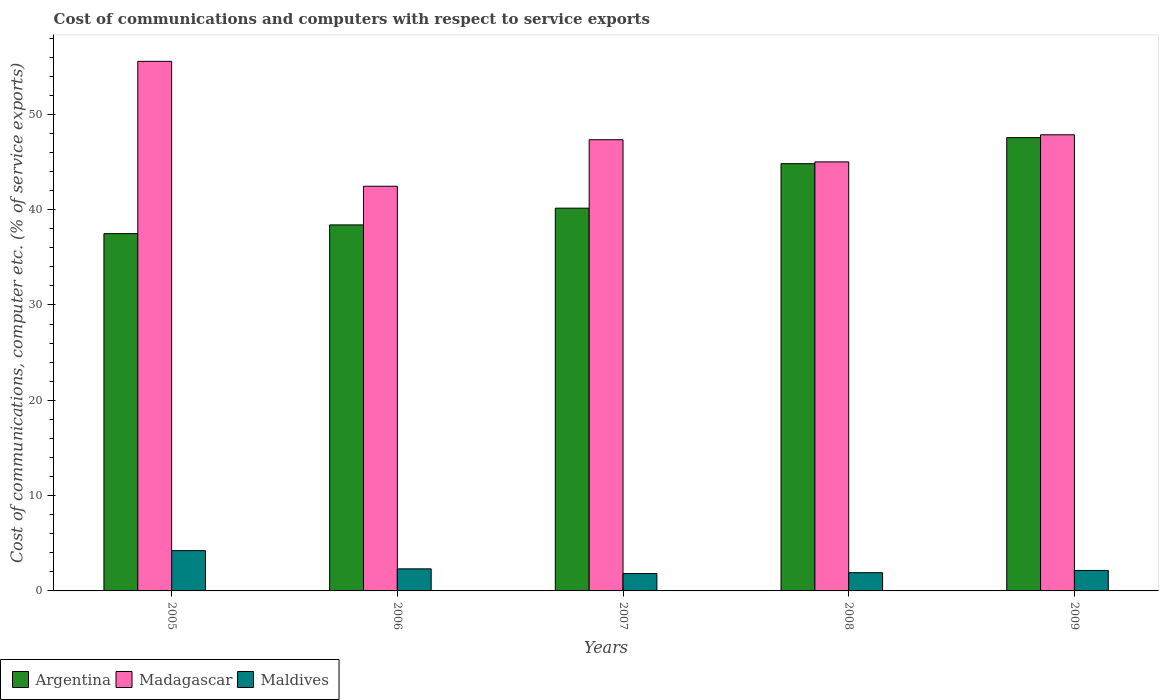
| Years | Argentina | Madagascar | Maldives |
 | --- | --- | --- | --- |
 | 2005 | 37.5 | 55.6 | 4.23 |
 | 2006 | 38.4 | 42.5 | 2.32 |
 | 2007 | 40.2 | 47.3 | 1.82 |
 | 2008 | 44.8 | 45 | 1.91 |
 | 2009 | 47.6 | 47.9 | 2.15 |